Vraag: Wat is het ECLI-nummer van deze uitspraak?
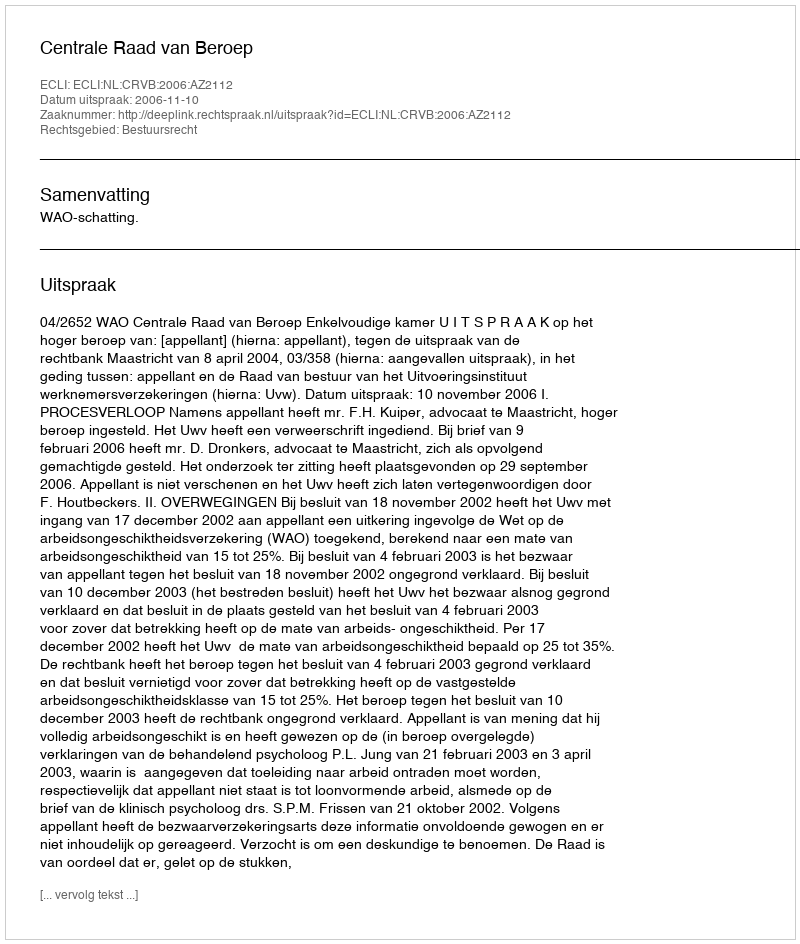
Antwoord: ECLI:NL:CRVB:2006:AZ2112